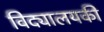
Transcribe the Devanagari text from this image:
विद्यालयकी